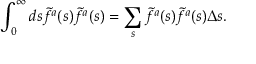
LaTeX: \int _ { 0 } ^ { \infty } d s \tilde { f } ^ { a } ( s ) \tilde { f } ^ { a } ( s ) = \sum _ { s } \tilde { f } ^ { a } ( s ) \tilde { f } ^ { a } ( s ) \Delta s .